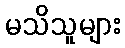
မသိသူများ